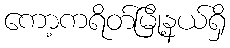
ကော့ကရိတ်မြို့နယ်ရှိ